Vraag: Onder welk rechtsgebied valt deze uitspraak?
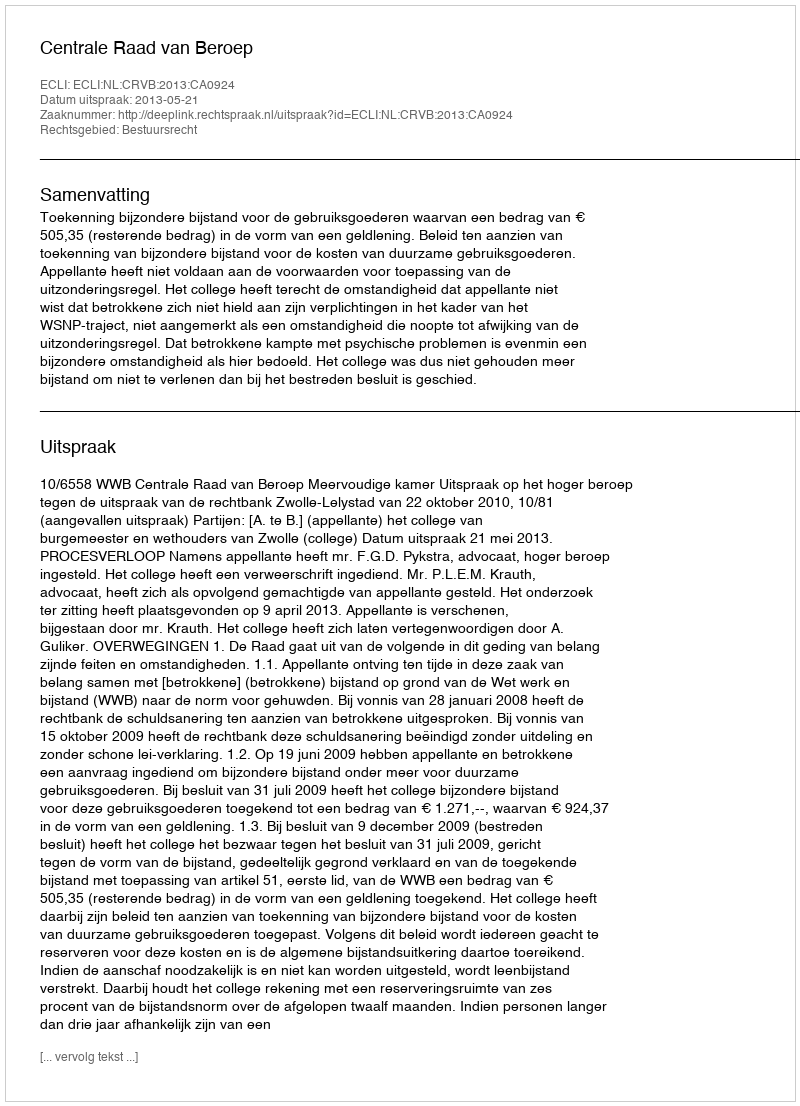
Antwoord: Bestuursrecht